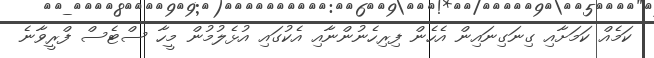
ކަމެއް ކަމަށާއި ގިނަގިނައިން އެހެން ފިރިހެނުންނާއި އެކުގައި އުޅެލުމުން މީހާ ސްޓެސް ފްރީވާނެ